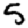
Digit: 5